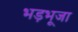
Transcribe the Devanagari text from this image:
भड़भूजा